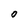
Character: O